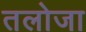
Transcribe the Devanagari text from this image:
तलोजा